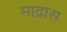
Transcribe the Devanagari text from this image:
माद्रास